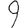
Digit: 9